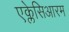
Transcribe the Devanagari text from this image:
एक्लेसिआरम